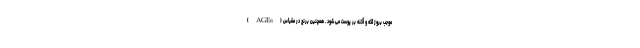
( AGEs ) موجب بروز لکه و آکنه بر پوست می شود . همچنین برنج در مقیاس